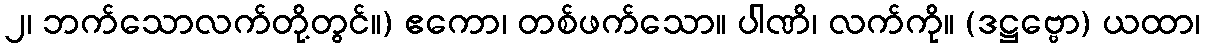
၂၊ ဘက်သောလက်တို့တွင်။) ဧကော၊ တစ်ဖက်သော။ ပါဏိ၊ လက်ကို။ (ဒဋ္ဌဗ္ဗော) ယထာ၊